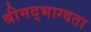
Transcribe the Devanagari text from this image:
श्रीमद्भाग्वता